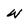
Character: W